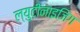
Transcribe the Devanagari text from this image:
ल्युटीनाइजिंग